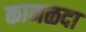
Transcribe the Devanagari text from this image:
कानळदा